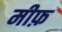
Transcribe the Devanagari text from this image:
मीफ़